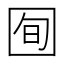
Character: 𫭈